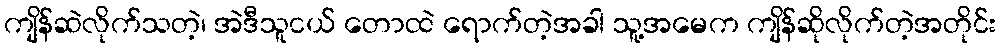
ကျိန်ဆဲလိုက်သတဲ့၊ အဲဒီသူငယ် တောထဲ ရောက်တဲ့အခါ သူ့အမေက ကျိန်ဆိုလိုက်တဲ့အတိုင်း